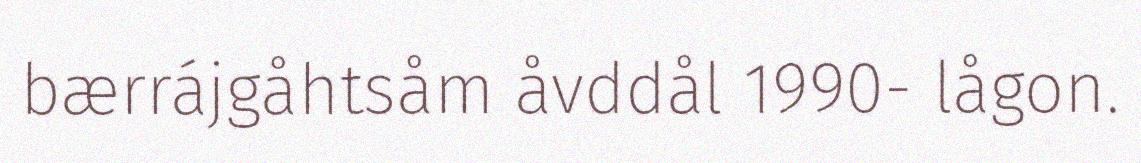
bærrájgåhtsåm åvddål 1990- lågon.